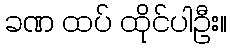
ခဏ ထပ် ထိုင်ပါဦး။